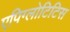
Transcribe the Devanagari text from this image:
एपिग्लोटिटिस